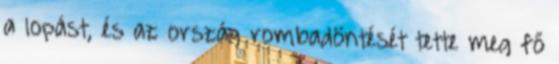
a lopást, és az ország rombadöntését tette meg fő